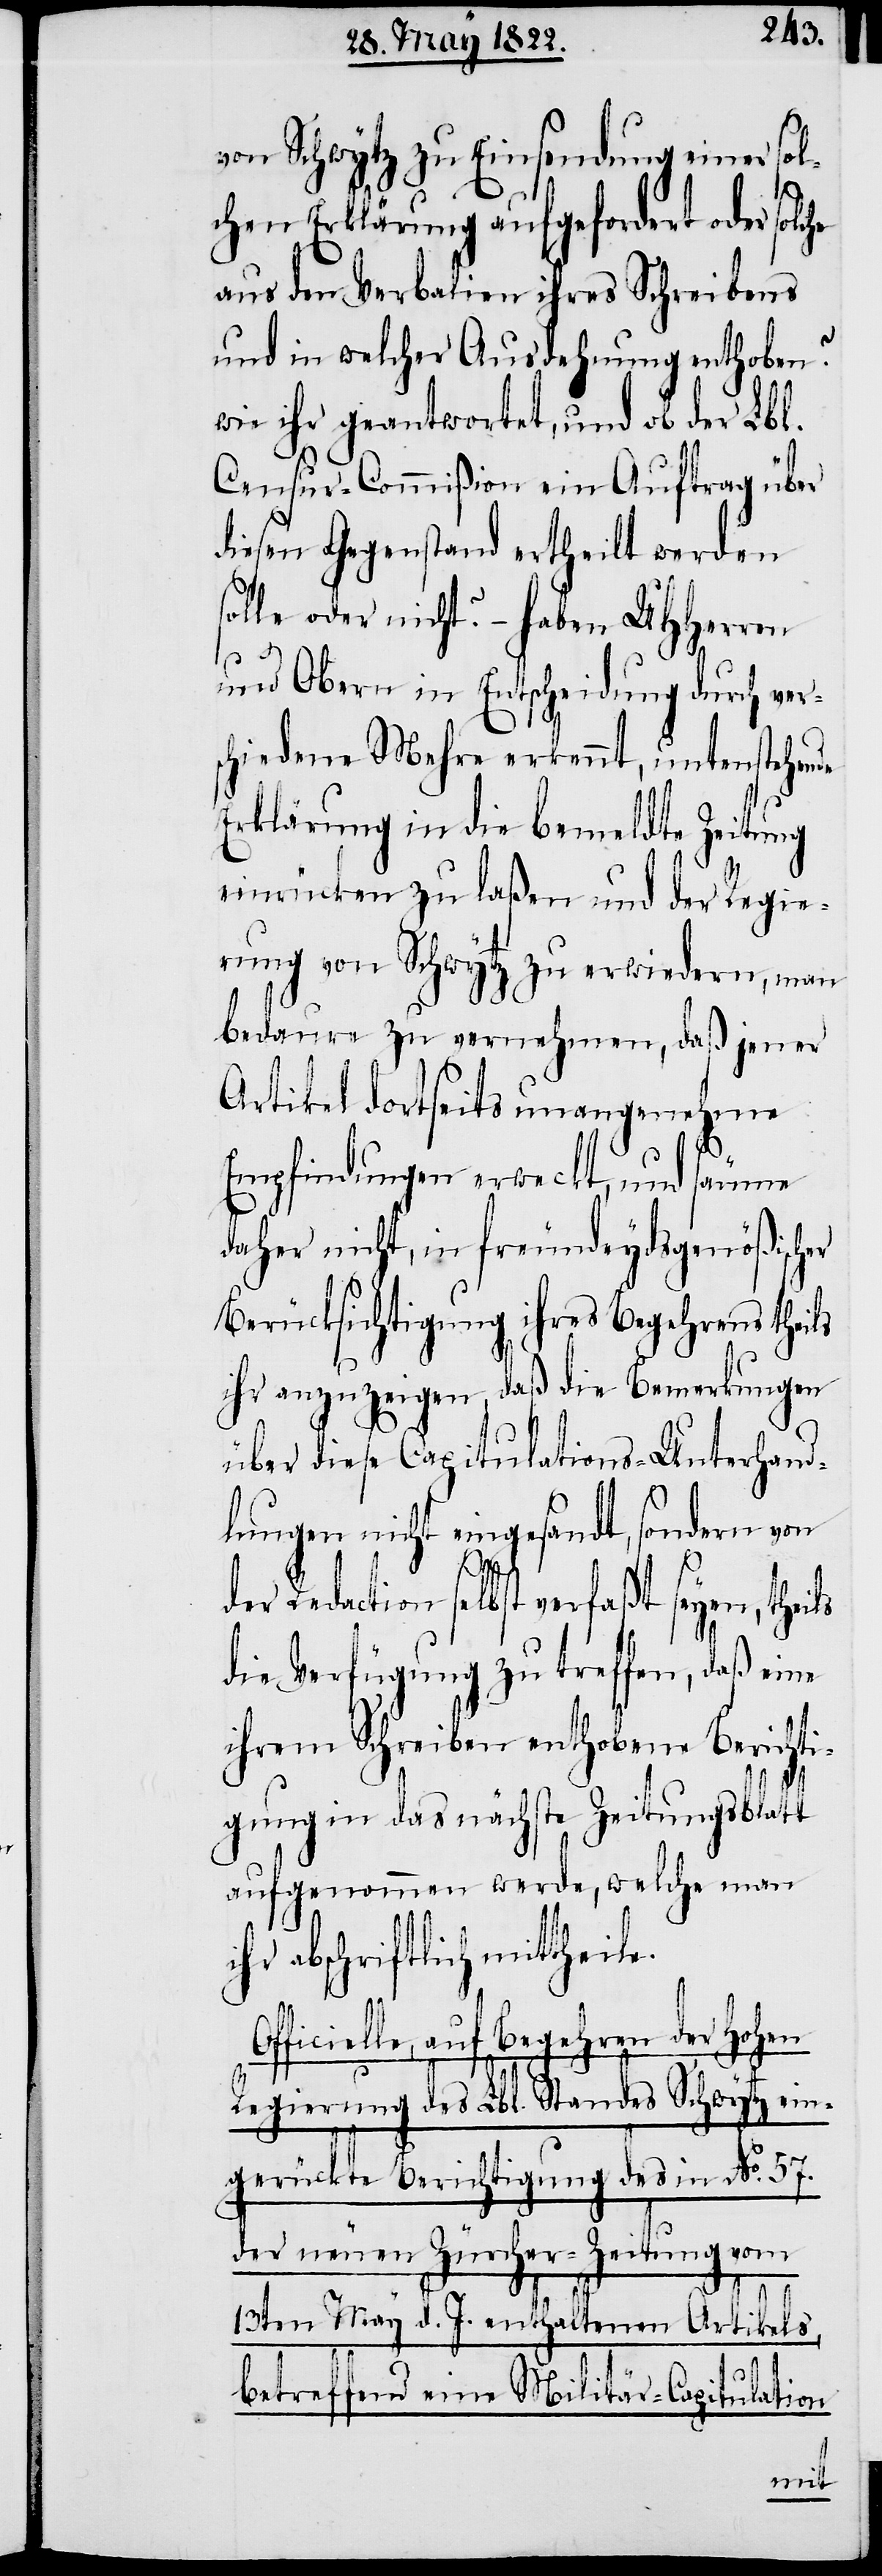
von Schwytz zu Einsendung einer sol¬
chen Erklärung aufgefordert oder sol¬
aus den Verbalien ihres Schreibens
und in welcher Ausdehnung erhoben?
wir ihr geantwortet, und ob der Lbl.
Censur-Commißion ein Auftrag über
diesen Gegenstand ertheilt werden
solle oder nicht? – haben UHerren
und Obern in Entscheidung durch ver¬
schiedene Mehre erkennt, untenstehende
Erklärung in die bemeldte Zeitung
einrücken zu laßen und der Regie¬
rung von Schwytz zu erwiedern, man
bedaure zu vernehmen, daß jener
Artikel dortseits unangenehme
Empfindungen erweckt, und säume
daher nicht, in freundeydsgenößischer
Berücksichtigung ihres Begehrens theils
ihr anzuzeigen, daß die Bemerkungen
über diese Capitulations-Unterhand¬
lungen nicht eingesandt, sondern von
Redaction selbst verfaßt seyen, theils
die Verfügung zu treffen, daß eine
ihrem Schreiben enthobene Berichti¬
gung in das nächste Zeitungsblatt
aufgenommen werde, welche man
ihr abschriftlich mittheile.
fficielle, auf Begehren der hohen
Regierung des Lbl. Standes Schwytz ein¬
gerückte Berichtigung des in No. 58.
der neuen Zürcher-Zeitung vom
13ten May d. J. enthaltenen Artikels,
O¬
betreffend eine Militär-Capitulation